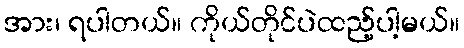
အား၊ ရပါတယ်။ ကိုယ်တိုင်ပဲထည့်ပါ့မယ်။